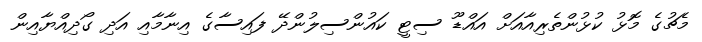
މެޗުގެ މޮޅު ކުޅުންތެރިއާއަށް އައްޑޫ ސިޓީ ކައުންސިލުންދޭ ފައިސާގެ އިނާމާއި އަދި ގޯދިއްޔާއިން